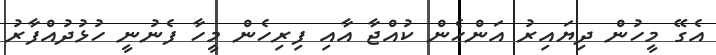
އެގޭ މީހުން ދިޔައިރު އަންހެން ކުއްޖާ އާއި ފިރިހެން މީހާ ފެނުނީ ހުޅުދުއްފާރު